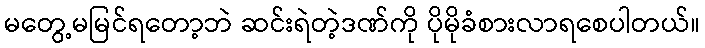
မတွေ့မမြင်ရတော့ဘဲ ဆင်းရဲတဲ့ဒဏ်ကို ပိုမိုခံစားလာရစေပါတယ်။